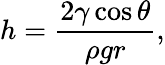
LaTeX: h={\frac{2\gamma\cos{\theta}}{\rho gr}},